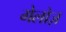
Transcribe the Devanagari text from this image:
गेलोज़